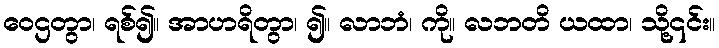
ဝေဌတွာ၊ ရစ်၍။ အာဟရိတွာ၊ ၍။ လာဘံ၊ ကို။ လဘတိ ယထာ၊ သို့၎င်း။